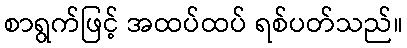
စာရွက်ဖြင့် အထပ်ထပ် ရစ်ပတ်သည်။